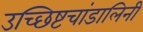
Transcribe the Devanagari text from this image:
उच्छिष्टचांडालिनी